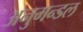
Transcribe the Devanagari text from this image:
अनुमन्डल